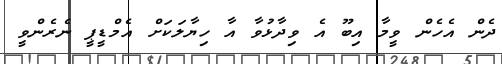
ދެން އެހެން ވީމާ އިބޫ އެ ވިދާޅުވާ އާ ހިޔާލަކަށް އެމްޑީޕީ ނެރެންވީ